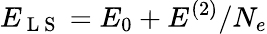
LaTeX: E_{\mathrm{~L~S~}}=E_{0}+E^{(2)}/N_{e}